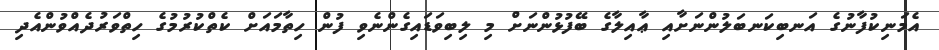
އެމަނިކުފާނުގެ އަނބިކަނބަލުންނަށާއި ޢާއިލާގެ ބޭފުޅުންނަށް މި ލިބިވަޑައިގެންނެވި ފުން ހިތާމައަށް ކެތްކުރުމުގެ ހިތްވަރުދެއްވުންއެދި